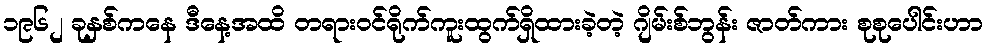
၁၉၆၂ ခုနှစ်ကနေ ဒီနေ့အထိ တရားဝင်ရိုက်ကူးထွက်ရှိထားခဲ့တဲ့ ဂျိမ်းစ်ဘွန်း ဇာတ်ကား စုစုပေါင်းဟာ